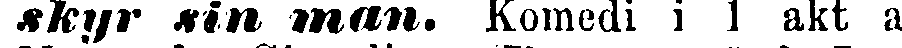
skyr sin man. Komedi i 1 akt af